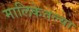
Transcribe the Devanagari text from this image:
मालिकेतल्या